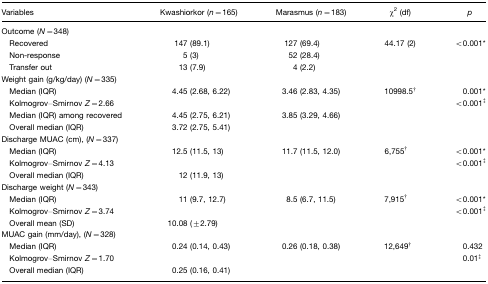
| Variables | Kwashiorkor (n=165) | Marasmus (n=183) | χ2 (df) | p |
 | --- | --- | --- | --- | --- |
 | Outcome (N=348) |  |  |  |  |
 | Recovered | 147 (89.1) | 127 (69.4) | 44.17 (2) | <0.001* |
 | Non-response | 5 (3) | 52 (28.4) |  |  |
 | Transfer out | 13 (7.9) | 4 (2.2) |  |  |
 | Weight gain (g/kg/day) (N=335) |  |  |  |  |
 | Median (IQR) | 4.45 (2.68, 6.22) | 3.46 (2.83, 4.35) | 10998.5† | 0.001* |
 | Kolmogrov–Smirnov Z=2.66 |  |  |  | <0.001‡ |
 | Median (IQR) among recovered | 4.45 (2.75, 6.21) | 3.85 (3.29, 4.66) |  |  |
 | Overall median (IQR) | 3.72 (2.75, 5.41) |  |  |  |
 | Discharge MUAC (cm), (N=337) |  |  |  |  |
 | Median (IQR) | 12.5 (11.5, 13) | 11.7 (11.5, 12.0) | 6,755† | <0.001* |
 | Kolmogrov–Smirnov Z=4.13 |  |  |  | <0.001‡ |
 | Overall median (IQR) | 12 (11.9, 13) |  |  |  |
 | Discharge weight (N=343) |  |  |  |  |
 | Median (IQR) | 11 (9.7, 12.7) | 8.5 (6.7, 11.5) | 7,915† | <0.001* |
 | Kolmogrov–Smirnov Z=3.74 |  |  |  | <0.001‡ |
 | Overall mean (SD) | 10.08 (±2.79) |  |  |  |
 | MUAC gain (mm/day), (N=328) |  |  |  |  |
 | Median (IQR) | 0.24 (0.14, 0.43) | 0.26 (0.18, 0.38) | 12,649† | 0.432 |
 | Kolmogrov–Smirnov Z=1.70 |  |  |  | 0.01‡ |
 | Overall median (IQR) | 0.25 (0.16, 0.41) |  |  |  |